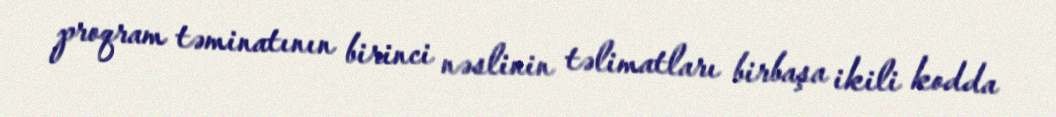
proqram təminatının birinci nəslinin təlimatları birbaşa ikili kodda